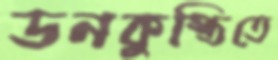
ডনকুস্তিতে